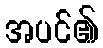
အပင်၏